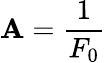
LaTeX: \mathbf{A}=\frac{{1}}{{F_{0}}}